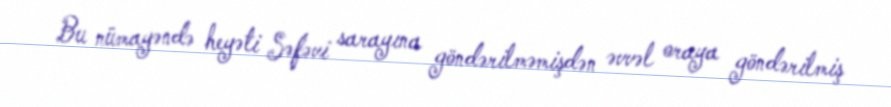
Bu nümayəndə heyəti Səfəvi sarayına göndərilməmişdən əvvəl oraya göndərilmiş